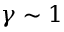
\gamma \sim 1